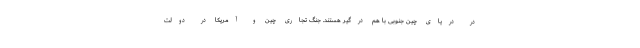
در دریای چین جنوبی با هم درگیر هستند. جنگ تجاری چین و آمریکا در دولت